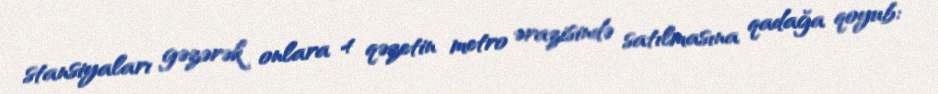
stansiyaları gəzərək onlara 4 qəzetin metro ərazisində satılmasına qadağa qoyub: